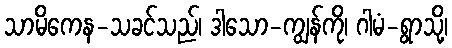
သာမိကေန-သခင်သည်၊ ဒါသော-ကျွန်ကို၊ ဂါမံ-ရွာသို့၊